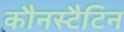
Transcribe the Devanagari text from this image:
कौनस्टैटिन